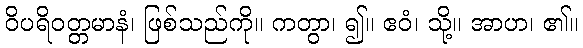
ဝိပရိဝတ္တမာနံ၊ ဖြစ်သည်ကို။ ကတွာ၊ ၍။ ဧဝံ၊ သို့။ အာဟ၊ ၏။